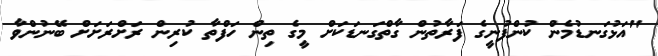
"އަޅުގަނޑުމެން ކުންފުނީގެ ފަރާތުން ގާތްގަނޑަކަށް މީގެ ތިން ހަފްތާ ކުރިން ރަށްރަށަށް ބޭނުންވާ